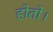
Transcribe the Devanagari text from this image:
होतो।